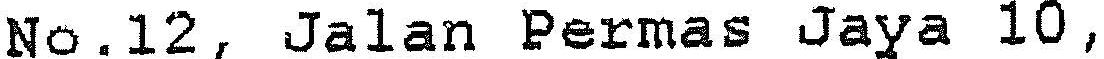
NO.12, JALAN PERMAS JAYA 10,